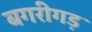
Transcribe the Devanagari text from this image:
बगरीगड़